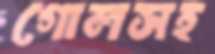
গোলসহ